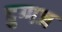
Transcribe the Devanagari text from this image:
दुग्गज